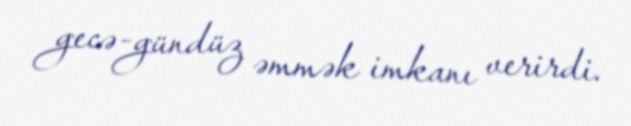
gecə-gündüz əmmək imkanı verirdi.